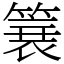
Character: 簔